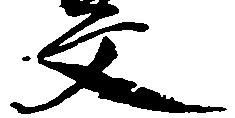
文